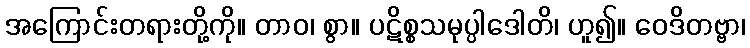
အကြောင်းတရားတို့ကို။ တာဝ၊ စွာ။ ပဋိစ္စသမုပ္ပါဒေါတိ၊ ဟူ၍။ ဝေဒိတဗ္ဗာ၊